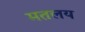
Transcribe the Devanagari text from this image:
मतलय